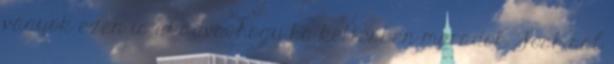
vagyok ezen is akadva, hogy ha kettesben maradok Josh-sal